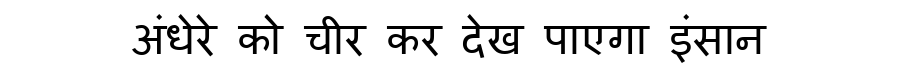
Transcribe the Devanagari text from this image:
अंधेरे को चीर कर देख पाएगा इंसान